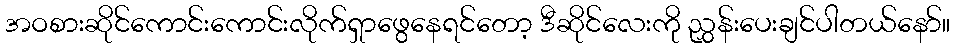
အဝစားဆိုင်ကောင်းကောင်းလိုက်ရှာဖွေနေရင်တော့ ဒီဆိုင်လေးကို ညွှန်းပေးချင်ပါတယ်နော်။